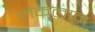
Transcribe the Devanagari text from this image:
लैकलान